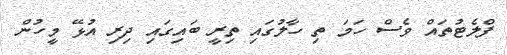
ފްލެޓުތައް ވެސް ހަމަ ތި ހާލުގައި ތިރީ ބައިގައި ދިރި އުޅޭ މީހުން